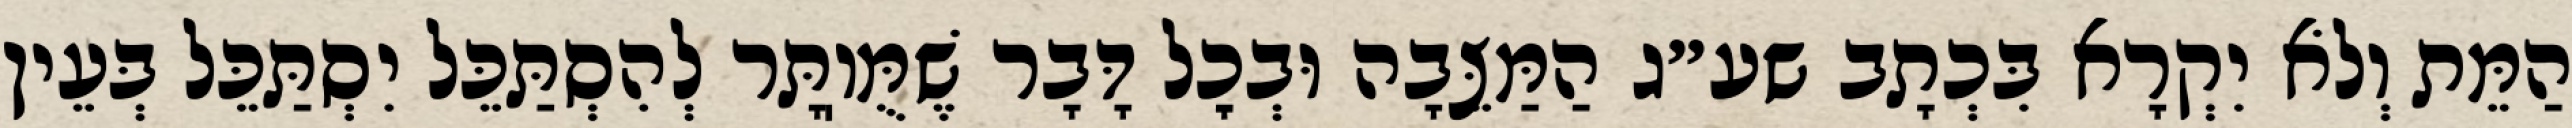
הַמֵּת וְלֹא יִקְרָא בִּכְתָב שע״ג הַמַּצֵּבָה וּבְכׇל דָּבָר שֶׁמֻּוֽתָּר לְהִסְתַּכֵּל יִסְתַּכֵּל בְּעֵין